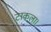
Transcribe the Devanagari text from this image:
टाकला।